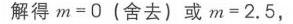
连接 \(DE\)，如图 \(2\)，
\(\because\frac{AB}{AC}=\frac{AE}{AD}\)，\(\therefore\frac{AB}{AE}=\frac{AC}{AD}\)，
又 \(\angle BAC = \angle BAE + \angle CAE=\angle DAC+\angle CAE=\angle DAE\)，
\(\therefore\triangle ABC\backsim\triangle AED\)，\(\therefore\frac{AD}{AC}=\frac{DE}{BC}\)，即 \(AC\cdot DE = AD\cdot BC\) \textcircled{2}，
将\textcircled{1}+\textcircled{2}得：\(AC\cdot BE + AC\cdot DE = AB\cdot CD + AD\cdot BC\)，
\(\therefore AC\cdot BD\leq AC\cdot(BE + DE)=AB\cdot CD + AD\cdot BC\)
即 \(AC\cdot BD\leq AB\cdot CD + AD\cdot BC\)，当且仅当 \(A\)、\(B\)、\(C\)、\(D\) 共圆时取到等号.